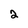
Character: 2